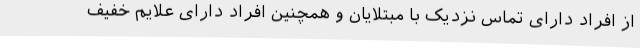
از افراد دارای تماس نزدیک با مبتلایان و همچنین افراد دارای علایم خفیف